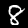
Label: 8